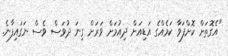
"އެގޮތަށް ކޮށްފަވާ ކަމެއްގެ އަޑިއަށް ދިއުމަށް ވަރަށް ގިނަ ދުވަސް ވެސް ނަގައިފާނެ.